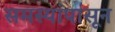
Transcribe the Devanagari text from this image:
समस्यांपासून